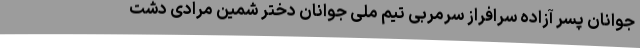
جوانان پسر آزاده سرافراز سرمربی تیم ملی جوانان دختر شمین مرادی دشت